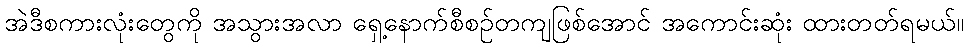
အဲဒီစကားလုံးတွေကို အသွားအလာ ရှေ့နောက်စီစဉ်တကျဖြစ်အောင် အကောင်းဆုံး ထားတတ်ရမယ်။